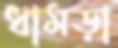
ধামড়া